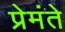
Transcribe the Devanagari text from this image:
प्रेमंते